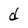
Character: d